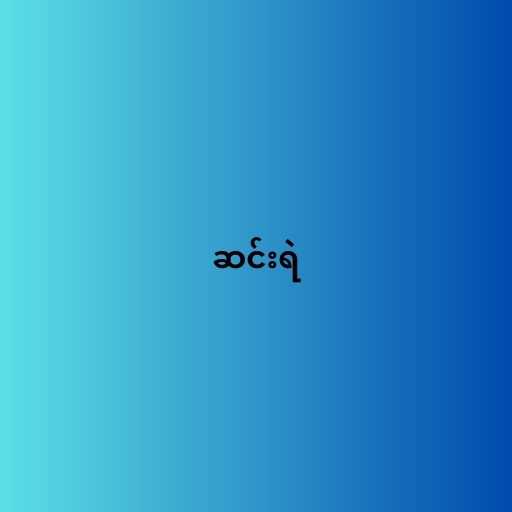
ဆင်းရဲ